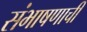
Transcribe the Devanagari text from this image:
संभाषणाची